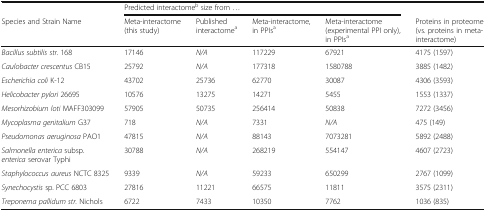
<table><thead><tr><td></td><td colspan="4"><b>Predicted interactome<sup>b</sup> size from ...</b></td><td></td></tr><tr><td><b>Species and Strain Name</b></td><td><b>Meta-interactome (this study)</b></td><td><b>Published interactome<sup>a</sup></b></td><td><b>Meta-interactome, in PPIs<sup>a</sup></b></td><td><b>Meta-interactome (experimental PPI only), in PPIs<sup>a</sup></b></td><td><b>Proteins in proteome (vs. proteins in meta-interactome)</b></td></tr></thead><tbody><tr><td><i>Bacillus subtilis str.</i> 168</td><td>17146</td><td><i>N/A</i></td><td>117229</td><td>67921</td><td>4175 (1597)</td></tr><tr><td><i>Caulobacter crescentus</i> CB15</td><td>25792</td><td><i>N/A</i></td><td>177318</td><td>1580788</td><td>3885 (1482)</td></tr><tr><td><i>Escherichia coli</i> K-12</td><td>43702</td><td>25736</td><td>62770</td><td>30087</td><td>4306 (3593)</td></tr><tr><td><i>Helicobacter pylori</i> 26695</td><td>10576</td><td>13275</td><td>14271</td><td>5455</td><td>1553 (1337)</td></tr><tr><td><i>Mesorhizobium loti</i> MAFF303099</td><td>57905</td><td>50735</td><td>256414</td><td>50838</td><td>7272 (3456)</td></tr><tr><td><i>Mycoplasma genitalium</i> G37</td><td>718</td><td><i>N/A</i></td><td>7331</td><td><i>N/A</i></td><td>475 (149)</td></tr><tr><td><i>Pseudomonas aeruginosa</i> PAO1</td><td>47815</td><td><i>N/A</i></td><td>88143</td><td>7073281</td><td>5892 (2488)</td></tr><tr><td><i>Salmonella enterica</i> subsp. <i>enterica</i> serovar Typhi</td><td>30788</td><td><i>N/A</i></td><td>268219</td><td>554147</td><td>4607 (2723)</td></tr><tr><td><i>Staphylococcus aureus</i> NCTC 8325</td><td>9339</td><td><i>N/A</i></td><td>59233</td><td>650299</td><td>2767 (1099)</td></tr><tr><td><i>Synechocystis</i> sp. PCC 6803</td><td>27816</td><td>11221</td><td>66575</td><td>11811</td><td>3575 (2311)</td></tr><tr><td><i>Treponema pallidum str.</i> Nichols</td><td>6722</td><td>7433</td><td>10350</td><td>7762</td><td>1036 (835)</td></tr></tbody></table>